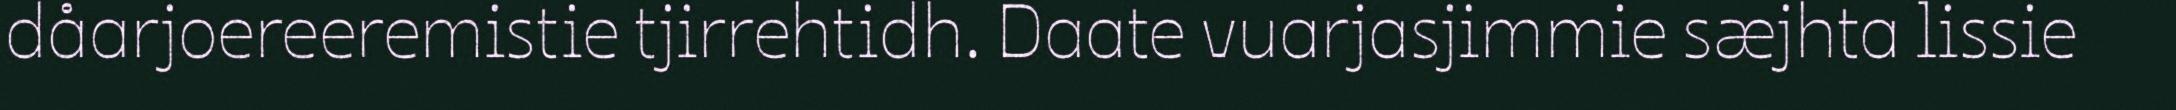
dåarjoereeremistie tjirrehtidh. Daate vuarjasjimmie sæjhta lissie